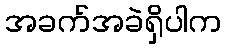
အခက်အခဲရှိပါက